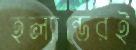
হল্যান্ডেরই